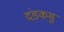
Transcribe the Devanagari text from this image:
दंडकमु